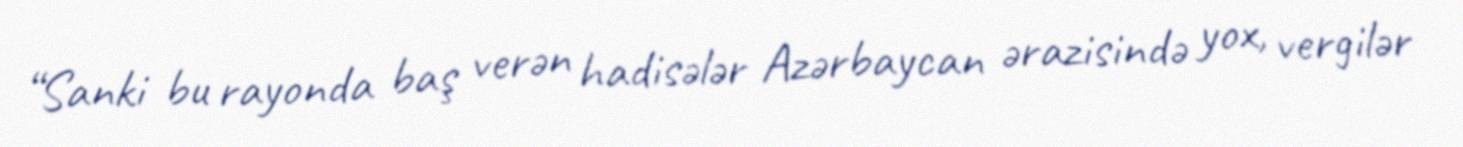
“Sanki bu rayonda baş verən hadisələr Azərbaycan ərazisində yox, vergilər